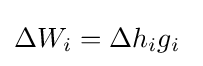
\Delta W_{i}=\Delta h_{i}g_{i}\